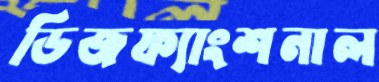
ডিজফ্যাংশনাল